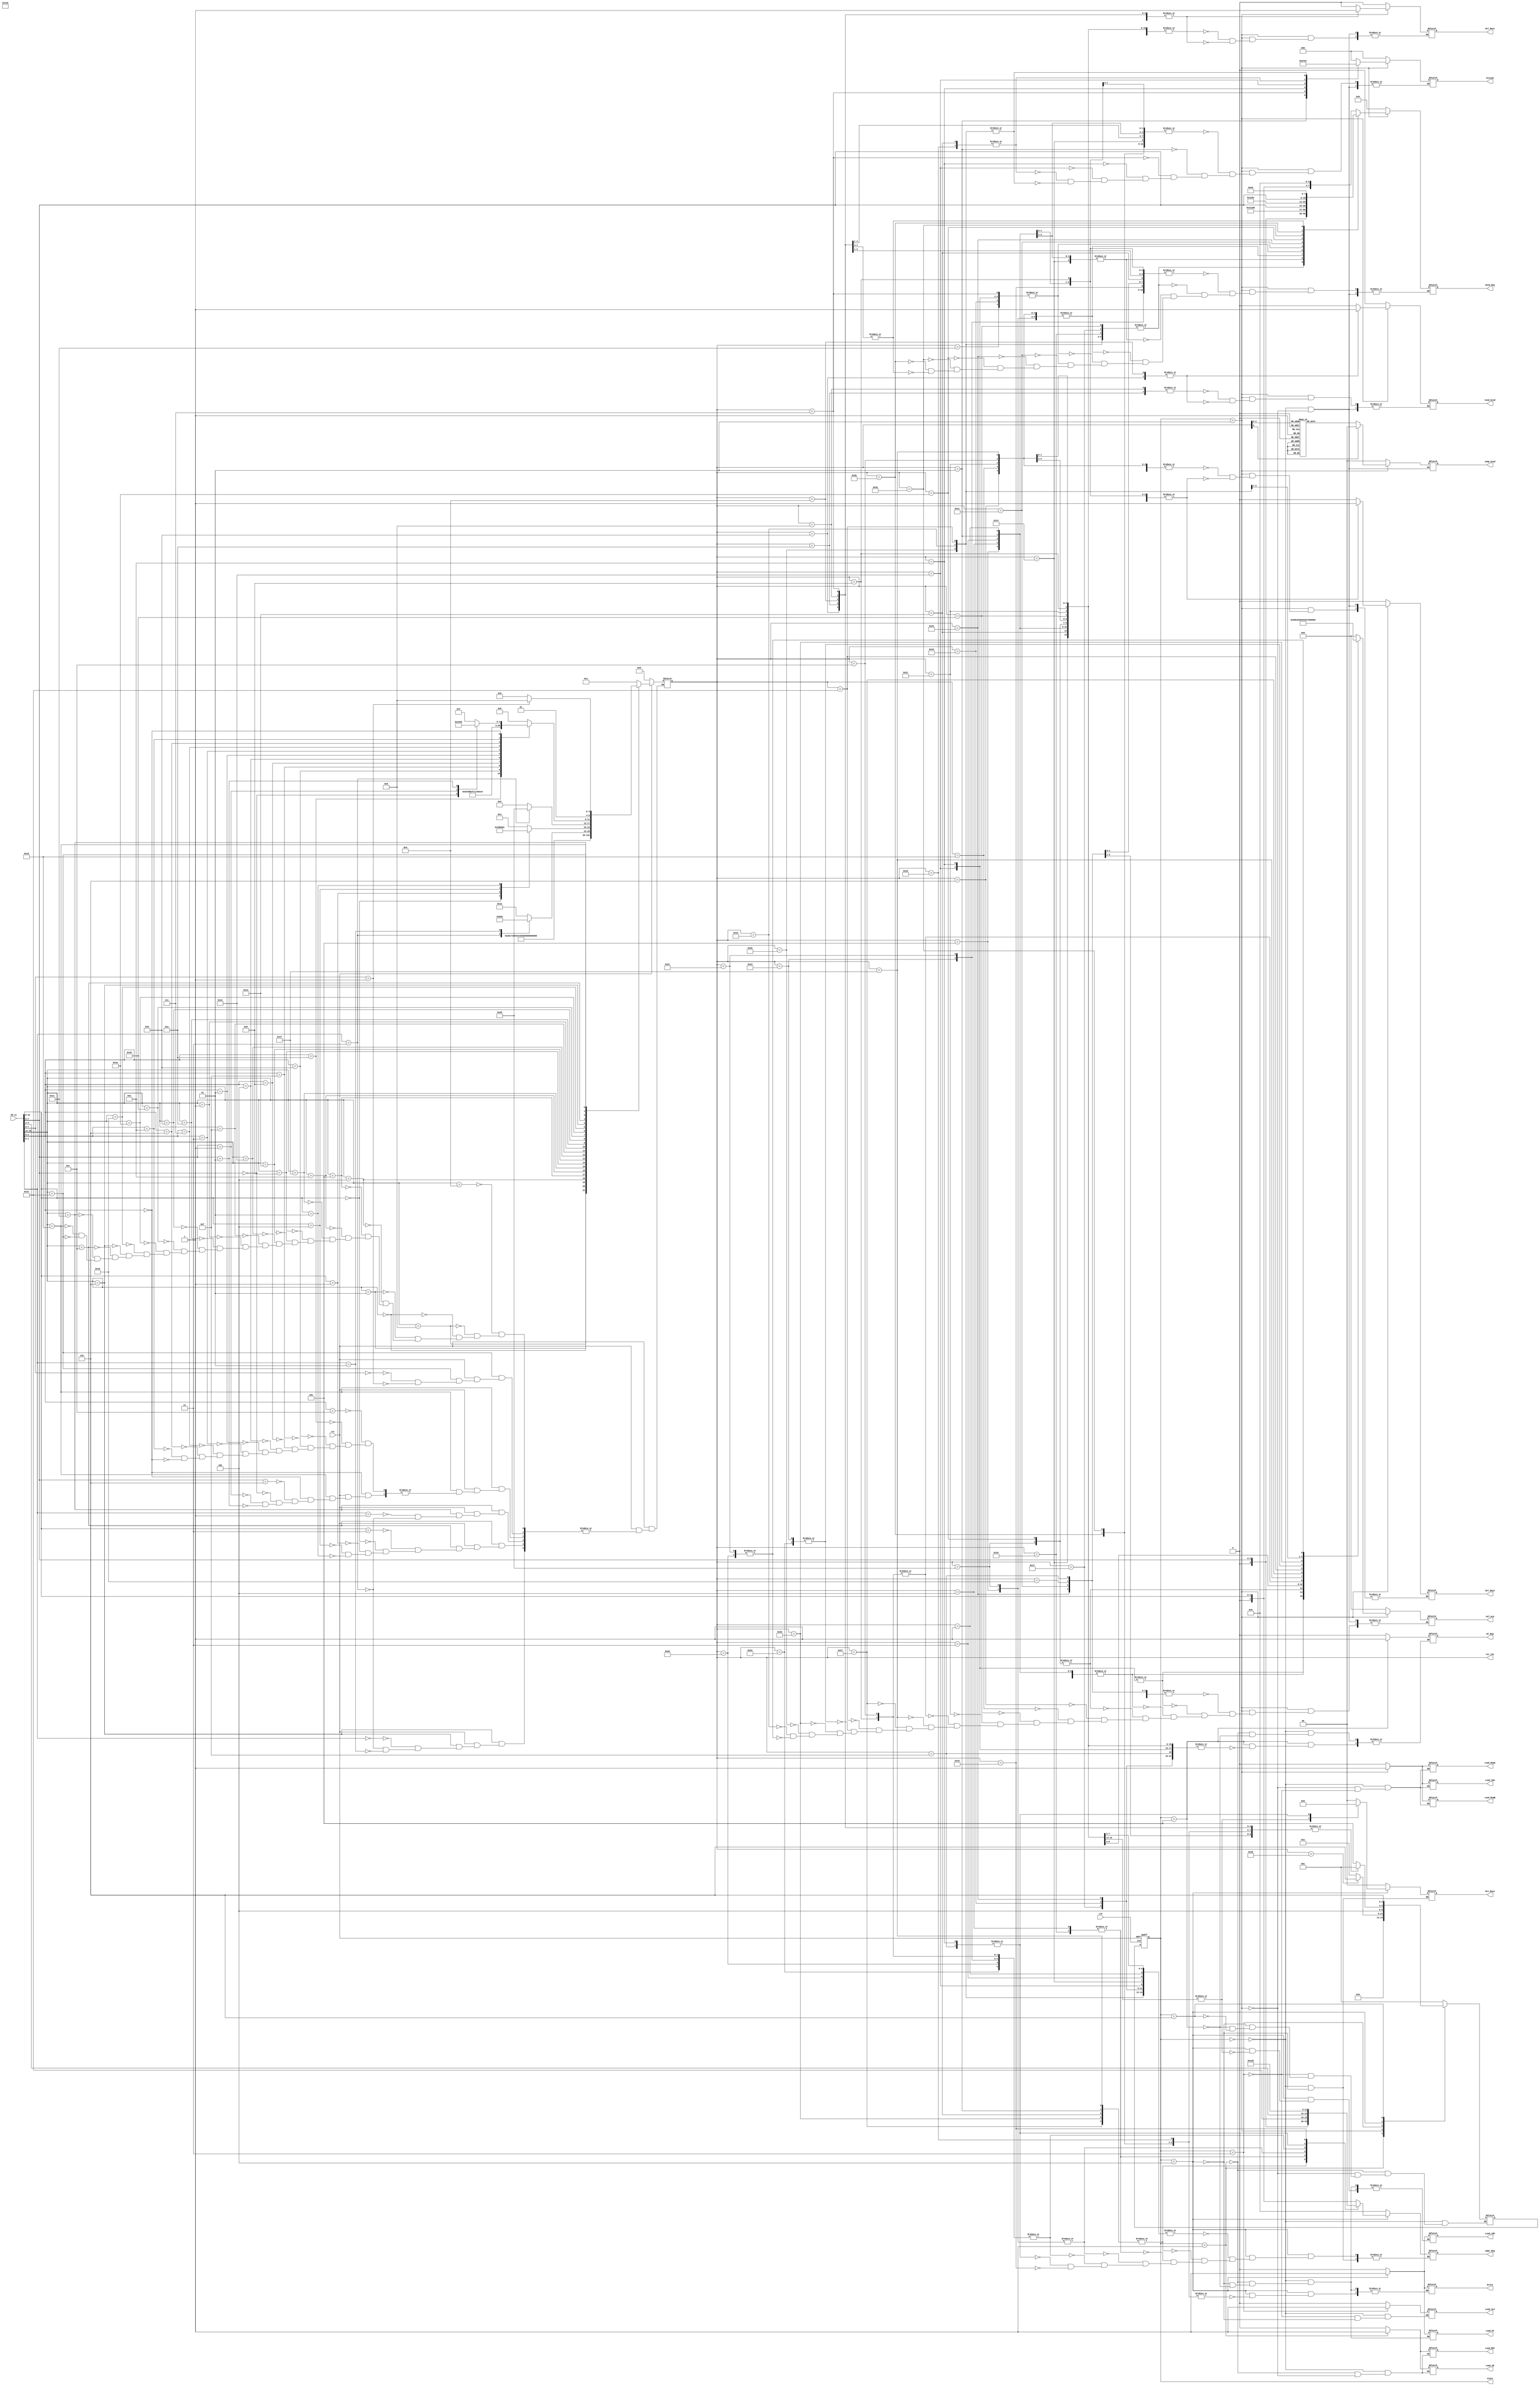
`timescale 1ns / 1ps
//////////////////////////////////////////////////////////////////////////////////
// Company: 
// Engineer: 
// 
// Design Name: 
// Module Name:    Control_Unit 
// Project Name: 
// Target Devices: 
// Tool versions: 
// Description: 
//
// Dependencies: 
//
// Revision: 
// Revision 0.01 - File Created
// Additional Comments: 
//
//////////////////////////////////////////////////////////////////////////////////
module Control_Unit(
    output reg Load_NPC,
    output reg Load_PC,
    output reg Load_IR,
    output reg Load_RegA,
    output reg Load_RegB,
    output reg Load_Imm,
    output reg WT_Reg,
	 output reg [3 : 0] Addr_Reg,
    output reg [2 : 0] Extend,
    output reg [7 : 0] Send_Reg,
    output reg Load_LMD,
    output reg Cond_Kind,
	 output reg [1 : 0] Jump_Kind,
    output reg Sel_Mux1,
    output reg Sel_Mux2,
    output reg [1 : 0] Sel_Mux4,
    output reg [4 : 0] Cal_ALU,
    output reg Write,
    output reg Load_ALU,
    input clk,
    input [15 : 0] IR_in,
    input rst,
	 output reg [2 : 0] state,
	 output reg [5 : 0] cur_ins
    );
	 
	//reg [2 : 0] state, next_state;
	//reg [5 : 0] cur_ins;
	reg [2 : 0] next_state;

	parameter
		ADDIU = 1,
		ADDIU3 = 2,
		ADDSP3 = 3,
		ADDSP = 4,
		ADDU = 5,
		AND = 6,
		B = 7,
		BEQZ = 8,
		BNEZ = 9,
		BTEQZ = 10,
		BTNEZ = 11,
		CMP = 12,
		CMPI = 13,
		INT = 14,
		JALR = 15,
		JR = 16,
		JRRA = 17,
		LI = 18,
		LW = 19,
		LW_SP = 20,
		MFIH = 21,
		MFPC = 22,
		MOVE = 23,
		MTIH = 24,
		MTSP = 25,
		NEG = 26,
		NOT = 27,
		NOP = 28,
		OR = 29,
		SLL = 30,
		SLLV = 31,
		SLT = 32,
		SLTI = 33,
		SLTU = 34,
		SLTUI = 35,
		SRA = 36,
		SRAV = 37,
		SRL = 38,
		SRLV = 39,
		SUBU = 40,
		SW = 41,
		SW_RS = 42,
		SW_SP = 43,
		XOR = 44,
		HLT = 45;

	parameter
		_Idle = 0,
		_IFetch = 1,
		_IDec = 2,
		_Exec = 3,
		_Mem = 4,
		_WB = 5,
		_Halt = 6;
		
	// Decoder
	always @(IR_in or rst)		// May cause a problem when IR_in == 16'b0 ?
	begin
		if (rst == 0)
		begin
			cur_ins = 0;
		end
		else
		begin
			case (IR_in[15 : 11])
				5'b01001:	cur_ins = ADDIU;
				5'b01000:	cur_ins = ADDIU3;
				5'b00000:	cur_ins = ADDSP3;
				5'b00010:	cur_ins = B;
				5'b00100:	cur_ins = BEQZ;
				5'b00101:	cur_ins = BNEZ;
				5'b01110:	cur_ins = CMPI;
				5'b11111:	cur_ins = INT;
				5'b01101:	cur_ins = LI;
				5'b10011:	cur_ins = LW;
				5'b10010:	cur_ins = LW_SP;
				5'b01111:	cur_ins = MOVE;
				5'b00001:	cur_ins = NOP;
				5'b01010:	cur_ins = SLTI;
				5'b01011:	cur_ins = SLTUI;
				5'b11011:	cur_ins = SW;
				5'b11010:	cur_ins = SW_SP;
				5'b10000:	cur_ins = HLT;
				5'b00110:	case (IR_in[1 : 0])
									2'b00:	cur_ins = SLL;
									2'b11:	cur_ins = SRA;
									2'b10:	cur_ins = SRL;
								endcase
				5'b01100:	case (IR_in[10 : 8])
									3'b011:	cur_ins = ADDSP;
									3'b000:	cur_ins = BTEQZ;
									3'b001:	cur_ins = BTNEZ;
									3'b100:	cur_ins = MTSP;
									3'b010:	cur_ins = SW_RS;
								endcase
				5'b11100:	case (IR_in[1 : 0])
									2'b01:	cur_ins = ADDU;
									2'b11:	cur_ins = SUBU;
								endcase
				5'b11101:	case (IR_in[4 : 0])
									5'b01100:	cur_ins = AND;
									5'b01010:	cur_ins = CMP;
									5'b01011:	cur_ins = NEG;
									5'b01111:	cur_ins = NOT;
									5'b01101:	cur_ins = OR;
									5'b00100:	cur_ins = SLLV;
									5'b00010:	cur_ins = SLT;
									5'b00011:	cur_ins = SLTU;
									5'b00111:	cur_ins = SRAV;
									5'b00110:	cur_ins = SRLV;
									5'b01110:	cur_ins = XOR;
									5'b00000:	case (IR_in[7 : 5])
														3'b110:	cur_ins = JALR;
														3'b000:	cur_ins = JR;
														3'b001:	cur_ins = JRRA;
														3'b010:	cur_ins = MFPC;
													endcase
								endcase
				5'b11110:	case (IR_in[7 : 0])
									8'b00000000:	cur_ins = MFIH;
									8'b00000001:	cur_ins = MTIH;
								endcase
			endcase
		end
	end

	always @(posedge clk or negedge rst)
	begin
		if (rst == 0)
		begin
			state <= _Idle;
		end
		else
		begin
			state <= next_state;
		end
	end

	always @(state)
	begin
		case (state)
			_Idle:
				begin
					Load_NPC = 0;
					Load_PC = 0;
					Load_IR = 0;
					Load_RegA = 0;
					Load_RegB = 0;
					Load_Imm = 0;
					WT_Reg = 0;
					Addr_Reg = 4'b0;
					Extend = 3'b0;
					Send_Reg = 8'b0;
					Load_LMD = 0;
					Cond_Kind = 0;
					Jump_Kind = 2'b0;
					Sel_Mux1 = 0;
					Sel_Mux2 = 0;
					Sel_Mux4 = 2'b0;
					Cal_ALU = 5'b0;
					Write = 0;
					Load_ALU = 0;
					next_state = _IFetch;
				end
				
			_IFetch:
				begin
					Write = 0;
					Load_LMD = 0;
					WT_Reg = 0;
					Load_PC = 0;
					
					next_state = _IDec;
					Load_IR = 1;
					Load_NPC = 1;
				end
			
			_IDec:
				begin
					Load_IR = 0;
					Load_NPC = 0;
					
					if (cur_ins == HLT)
					begin
						next_state = _Halt;
					end
					else
					begin
						next_state = _Exec;
					end
					
					// Send_Reg
					case (cur_ins)
						// Rx
						ADDIU,
						ADDIU3,
						BEQZ,
						BNEZ,
						CMPI,
						JALR,
						JR,
						LW,
						MTIH,
						SLTI,
						SLTUI:	Send_Reg = {1'b0, IR_in[10 : 8], 4'b0};
						
						// Ry
						MOVE,
						MTSP,
						NOT,
						SLL,
						SRA,
						SRL:		Send_Reg = {1'b0, IR_in[7 : 5], 4'b0};
							
						// SP -
						ADDSP3,
						ADDSP,
						LW_SP:	Send_Reg = 8'b11110000;
						
						// Rx Ry
						ADDU,
						AND,
						CMP,
						OR,
						SLLV,
						SLT,
						SLTU,
						SRAV,
						SRLV,
						SUBU,
						SW,
						XOR:		Send_Reg = {1'b0, IR_in[10 : 8], 1'b0, IR_in[7 : 5]};
						
						// - -
						B,
						INT,
						LI,
						MFPC,
						NOP:		Send_Reg = 8'b00000000;
						
						// RA -
						JRRA:		Send_Reg = 8'b00100000;
						
						// IH -
						MFIH:		Send_Reg = 8'b11010000;
						
						// R0 Ry
						NEG:		Send_Reg = {4'b0000, 1'b0, IR_in[7 : 5]};
						
						// SP RA
						SW_RS:	Send_Reg = 8'b11110010;
						
						// SP Rx
						SW_SP:	Send_Reg = {4'b1111, 1'b0, IR_in[7 : 5]};
						
						// T -
						BTEQZ,
						BTNEZ:	Send_Reg = 8'b11100000;
					endcase
					
					// Extend
					case (cur_ins)
						ADDIU,
						ADDSP3,
						ADDSP,
						BEQZ,
						BNEZ,
						BTEQZ,
						BTNEZ,
						CMPI,
						LW_SP,
						SLTI,
						SLTUI,
						SW_RS,
						SW_SP:	Extend = 0;
						
						ADDIU3:	Extend = 1;
						
						B:			Extend = 2;
						
						INT:		Extend = 3;
						
						LI:		Extend = 4;
						
						LW,
						SW:		Extend = 5;
						
						SLL,
						SRA,
						SRL:		Extend = 6;
					endcase
					
					// Sel_Mux1
					case (cur_ins)
						ADDIU,
						ADDIU3,
						ADDSP3,
						ADDSP,
						ADDU,
						AND,
						CMP,
						CMPI,
						JALR,
						JR,
						JRRA,
						LW,
						LW_SP,
						MFIH,
						MOVE,
						MTIH,
						MTSP,
						NEG,
						NOT,
						OR,
						SLL,
						SLLV,
						SLT,
						SLTI,
						SLTU,
						SLTUI,
						SRA,
						SRAV,
						SRL,
						SRLV,
						SUBU,
						SW,
						SW_RS,
						SW_SP,
						XOR:		Sel_Mux1 = 0;
						
						B,
						BEQZ,
						BNEZ,
						BTEQZ,
						BTNEZ,
						MFPC:		Sel_Mux1 = 1;
					endcase
				
					// Sel_Mux2
					case (cur_ins)
						ADDU,
						AND,
						CMP,
						NEG,
						OR,
						SLLV,
						SLT,
						SLTU,
						SRAV,
						SRLV,
						SUBU,
						XOR:		Sel_Mux2 = 0;
						
						ADDIU,
						ADDIU3,
						ADDSP3,
						ADDSP,
						B,
						BEQZ,
						BNEZ,
						BTEQZ,
						BTNEZ,
						CMPI,
						INT,
						LI,
						LW,
						LW_SP,
						SLL,
						SLTI,
						SLTUI,
						SRA,
						SRL,
						SW,
						SW_RS,
						SW_SP:	Sel_Mux2 = 1;
					endcase
					
					// Cal_ALU
					case (cur_ins)
						JALR,
						JR,
						JRRA,
						MFIH,
						MFPC,
						MOVE,
						MTIH,
						MTSP:		Cal_ALU = 0;
						
						INT,
						LI:		Cal_ALU = 1;
						
						ADDIU,
						ADDIU3,
						ADDSP3,
						ADDSP,
						ADDU,
						B,
						BEQZ,
						BNEZ,
						BTEQZ,
						BTNEZ,
						LW,
						LW_SP,
						SW,
						SW_RS,
						SW_SP:	Cal_ALU = 2;
						
						NEG,
						SUBU:		Cal_ALU = 3;

						AND:		Cal_ALU = 4;

						OR:		Cal_ALU = 5;

						NOT:		Cal_ALU = 6;

						XOR:		Cal_ALU = 7;

						CMP,
						CMPI:		Cal_ALU = 8;

						SLLV:		Cal_ALU = 9;

						SRLV:		Cal_ALU = 10;

						SLL:		Cal_ALU = 11;

						SLTU,
						SLTUI:	Cal_ALU = 12;

						SRAV:		Cal_ALU = 13;

						SRL:		Cal_ALU = 14;

						SRA:		Cal_ALU = 15;

						SLT,
						SLTI:		Cal_ALU = 16;
					endcase
				
					// Cond_Kind
					case (cur_ins)
						BEQZ,
						BTEQZ:	Cond_Kind = 0;
						
						BNEZ,
						BTNEZ:	Cond_Kind = 1;
					endcase
					
					// Jump_Kind
					case (cur_ins)
						BEQZ,
						BNEZ,
						BTEQZ,
						BTNEZ:	Jump_Kind = 2'b10;
						
						B,
						INT,
						JALR,
						JR,
						JRRA:		Jump_Kind = 2'b11;
						
						default:	Jump_Kind = 2'b00;
					endcase
					
					// always load
					Load_RegA = 1;
					Load_RegB = 1;
					Load_Imm = 1;
				end
			
			_Exec:
				begin
					Load_RegA = 0;
					Load_RegB = 0;
					Load_Imm = 0;
					
					next_state = _Mem;
					
					// always load
					Load_ALU = 1;
				end
			
			_Mem:
				begin
					Load_ALU = 0;
					
					// next_state
					case (cur_ins)
						B,
						BEQZ,
						BNEZ,
						BTEQZ,
						BTNEZ,
						SW,
						SW_RS,
						SW_SP,
						JR,
						JRRA:	next_state = _IFetch;
						
						default:	next_state = _WB;
					endcase
					
					// Write
					case (cur_ins)
						SW,
						SW_RS,
						SW_SP:	Write = 1;
					endcase
					
					// Load_LMD 
					case (cur_ins)
						LW,
						LW_SP:	Load_LMD = 1;
					endcase
					
					Load_PC = 1;
					
					// Sel_Mux4
					case (cur_ins)
						LW,
						LW_SP:	Sel_Mux4 = 1;
							
						INT,
						JALR:		Sel_Mux4 = 2;
						
						default:	Sel_Mux4 = 0;
					endcase
					
					// Addr_Reg
					case (cur_ins)
						// Rx
						ADDIU,
						ADDSP3,
						AND,
						LI,
						LW_SP,
						MFIH,
						MFPC,
						MOVE,
						NEG,
						NOT,
						OR,
						SLL,
						SRA,
						SRL,
						XOR:		Addr_Reg = {1'b0, IR_in[10 : 8]};

						// Ry
						ADDIU3,
						LW,
						SLLV,
						SRAV,
						SRLV:		Addr_Reg = {1'b0, IR_in[7 : 5]};

						// SP
						ADDSP,
						MTSP:		Addr_Reg = 4'b1111;

						// Rz
						ADDU,
						SUBU:		Addr_Reg = {1'b0, IR_in[4 : 2]};

						// T
						CMP,
						CMPI,
						SLT,
						SLTI,
						SLTU,
						SLTUI:	Addr_Reg = 4'b1110;

						// RA
						INT,
						JALR:		Addr_Reg = 4'b0010;

						// IH
						MTIH:		Addr_Reg = 4'b1101;
					endcase
				end
			
			_WB:		// B-kind and SW-kind and JR and JRRA ins won`t get there
				begin
					Write = 0;
					Load_LMD = 0;
					Load_PC = 0;
					
					next_state = _IFetch;
					
					// WT_Reg
					case (cur_ins)
						// Rx
						ADDIU,
						ADDSP3,
						AND,
						LI,
						LW_SP,
						MFIH,
						MFPC,
						MOVE,
						NEG,
						NOT,
						OR,
						SLL,
						SRA,
						SRL,
						XOR,
						ADDIU3,
						LW,
						SLLV,
						SRAV,
						SRLV,
						ADDSP,
						MTSP,
						ADDU,
						SUBU,
						CMP,
						CMPI,
						SLT,
						SLTI,
						SLTU,
						SLTUI,
						INT,
						JALR,
						MTIH:		WT_Reg = 1;
					endcase
				end
				
			_Halt:
				begin
					next_state = _Halt;
				end
		endcase
	end

endmodule